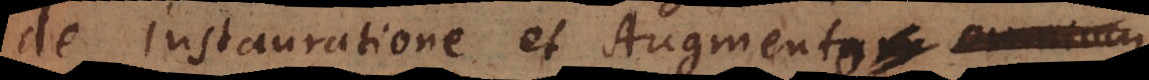
de Instauratione et Augmento